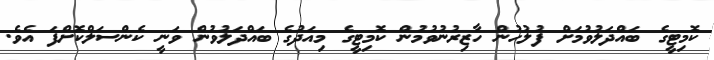
ކޮމިޓީގެ ބައްދަލުވުމަށް ފުލުހުން ހާޒިރުނުވުމުން ކޮމިޓީގެ މިއަދުގެ ބައްދަލުވުން ވަނީ ކެންސަލްކޮށްފަ އެވެ.